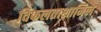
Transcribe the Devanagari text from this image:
विफलताशामिल